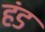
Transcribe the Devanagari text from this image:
हंड